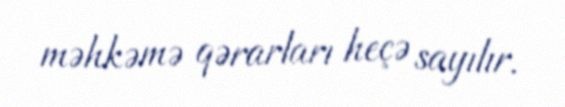
məhkəmə qərarları heçə sayılır.